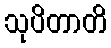
သုပိတာတိ